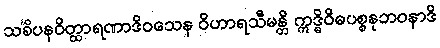
သင်္ခိပနဝိတ္ထာရဏာဒိဝသေန ဝိဟာရသီမန္တိ ဣဒ္ဓိဝိဓပစ္စနုဘဝနာဒိ